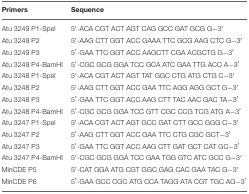
<table><thead><tr><td><b>Primers</b></td><td><b>Sequence</b></td></tr></thead><tbody><tr><td>Atu 3249 P1-Spel</td><td>5′-ACA CGT ACT AGT CAG GCC GAT GCG G−3′</td></tr><tr><td>Atu 3249 P2</td><td>5′-AAG CTT GGT ACC GAAA TTC GCG AAG CTC G−3′</td></tr><tr><td>Atu 3249 P3</td><td>5′-GAA TTC GGT ACC AAGCTT CGA ACGCTG G−3′</td></tr><tr><td>Atu 3249 P4-BamHI</td><td>5′-CGC GCG GGA TCC GCA ATC GAA TTG ACC A−3′</td></tr><tr><td>Atu 3248 P1-Spel</td><td>5′-ACA CGT ACT AGT TAT GGC CTG ATG CTG C−3′</td></tr><tr><td>Atu 3248 P2</td><td>5′-AAG CTT GGT ACC GAA TTC AGG AGG GCT G−3′</td></tr><tr><td>Atu 3248 P3</td><td>5′-GAA TTC GGT ACC AAG CTT TAC AAC GAC TA−3′</td></tr><tr><td>Atu 3248 P4-BamHI</td><td>5′-CGC GCG GGA TCC GTT CGC CCG TCG ATG A−3′</td></tr><tr><td>Atu 3247 P1-Spel</td><td>5′-ACA CGT ACT AGT GCC GAT CTT GCC GGG C−3′</td></tr><tr><td>Atu 3247 P2</td><td>5′-AAG CTT GGT ACC GAA TTC CTG CGC GCT−3′</td></tr><tr><td>Atu 3247 P3</td><td>5′-GAA TTC GGT ACC AAG CTT GAT GCT CAT GC−3′</td></tr><tr><td>Atu 3247 P4-BamHI</td><td>5′-CGC GCG GGA TCC GAA TGG GTC ATC GCC G−3′</td></tr><tr><td>MinCDE P5</td><td>5′-CAT GGA ATG CGT GGC GAG CAC GAA TAC G−3′</td></tr><tr><td>MinCDE P6</td><td>5′-GAA GCC CGC ATG CCA TAGG ATA CGT TGC AG−3′</td></tr></tbody></table>